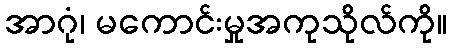
အာဂုံ၊ မကောင်းမှုအကုသိုလ်ကို။